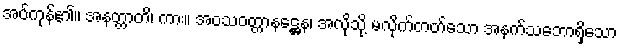
အပ်ကုန်၏။ အနတ္တာတိ၊ ကား။ အဝသဝတ္တာနဋ္ဌေန၊ အလိုသို့ မလိုက်တတ်သော အနက်သဘောရှိသော